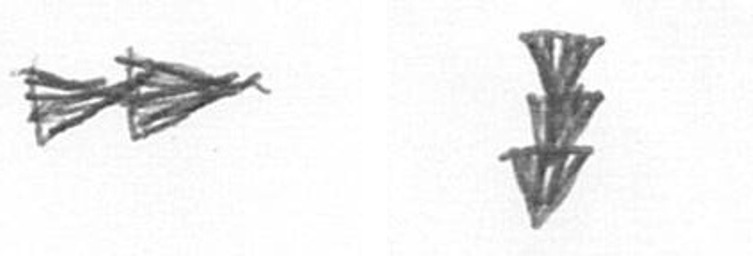
A E